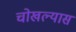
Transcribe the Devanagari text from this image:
चोखल्यास